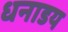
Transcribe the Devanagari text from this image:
धनाडय